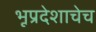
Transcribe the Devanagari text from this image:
भूप्रदेशाचेच